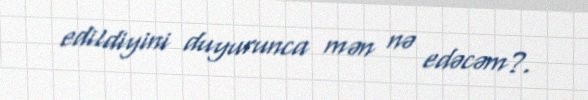
edildiyini duyurunca mən nə edəcəm?.